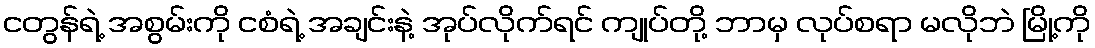
ငတွန်ရဲ့ အစွမ်းကို ငစံရဲ့ အချင်းနဲ့ အုပ်လိုက်ရင် ကျုပ်တို့ ဘာမှ လုပ်စရာ မလိုဘဲ မြို့ကို